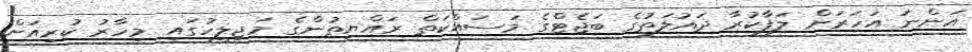
އަންނަ އަހަރަށް ލަފާކުރާ ދައުލަތުގެ ބަޖެޓްގެ މަސައްކަތް ރައްޔިތުންގެ މަޖިލީހުގައި މިހާރު ކުރިއަށް